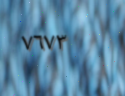
٧٦٧٣